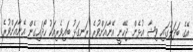
އޭގެ ބަދަލުގައި ވިޝާ އުޅެން ޖެހޭނީ އޭނާއަށްވުރެ ރަނގަޅު ބައިވެރިއަކު ހޯދައިގެން އޭނާއަށްވުރެ